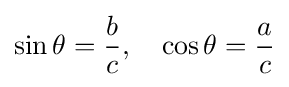
\sin \theta ={\frac {b}{c}},\quad \cos \theta ={\frac {a}{c}}